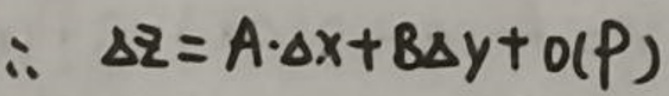
\(\therefore \Delta z = A \cdot \Delta x + B \Delta y + o ( p )\)